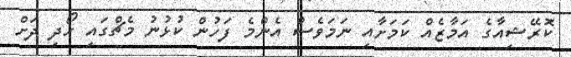
ކޮރޭޝިއާގެ އަމާޒެއް ކަމަށާއި ނަމަވެސް އެންމެ ފަހުން ކުޅުނު މެޗްގައި ހޯދި ދަށް